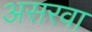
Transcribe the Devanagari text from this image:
असरवा